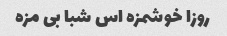
روزا خوشمزه اس شبا بی مزه